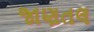
જાણતલ